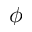
\phi